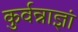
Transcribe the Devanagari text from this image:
कुर्वन्नाज्ञां